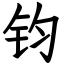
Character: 钧